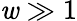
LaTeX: \mathit{w}\gg1